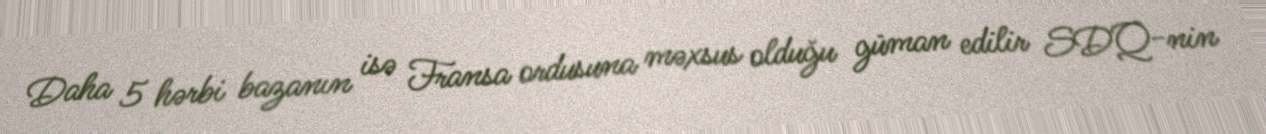
Daha 5 hərbi bazanın isə Fransa ordusuna məxsus olduğu güman edilir SDQ-nin